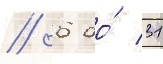
/ 6 до́ 31